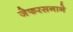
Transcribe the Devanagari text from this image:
जेफरसनाने